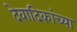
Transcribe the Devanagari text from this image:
देवादिकांच्या